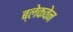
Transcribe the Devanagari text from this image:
ब्लेकवेन